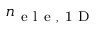
n _ { \mathrm { ~ e ~ l ~ e ~ , ~ 1 ~ D ~ } }